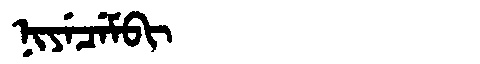
Manchu: ᠨᡳᠶᡝᠴᡝᠮᠪᡳ
Romanization: NIYECEMBI